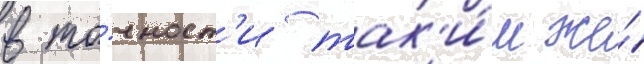
в то́чност'и так'и́м же́